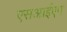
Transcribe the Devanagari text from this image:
एसआईएम